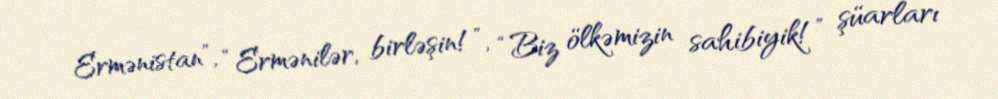
Ermənistan”, “Ermənilər, birləşin!”, “Biz ölkəmizin sahibiyik!” şüarları